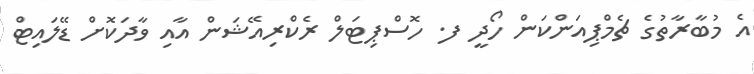
އެ މުބާރާތުގެ ޗެމްޕިއަންކަން ހޯދީ ފ. ހޮސްޕިޓަލް ރެކްރިއޭޝަން އާއި ވާދަކޮށް ޑޭލައިޓް